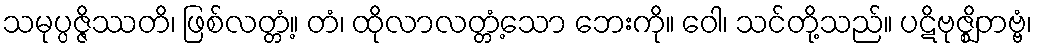
သမုပ္ပဇ္ဇိဿတိ၊ ဖြစ်လတ္တံ့။ တံ၊ ထိုလာလတ္တံ့သော ဘေးကို။ ဝေါ၊ သင်တို့သည်။ ပဋိဗုဇ္ဈိတဗ္ဗံ၊